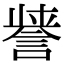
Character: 𮘤